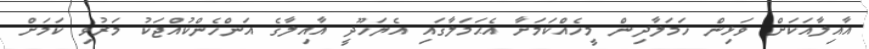
އާއިލާއަކަށް ވަޅިން ހަމަލާދިން މީހެއްކަމަށާ އެޙަމަލާގައި އެޔަހޫދީ އާއިލާގެ އަންހެންކުއްޖަކު މަރުވި ކަމަށް